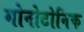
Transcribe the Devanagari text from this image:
मोनोटोनिक